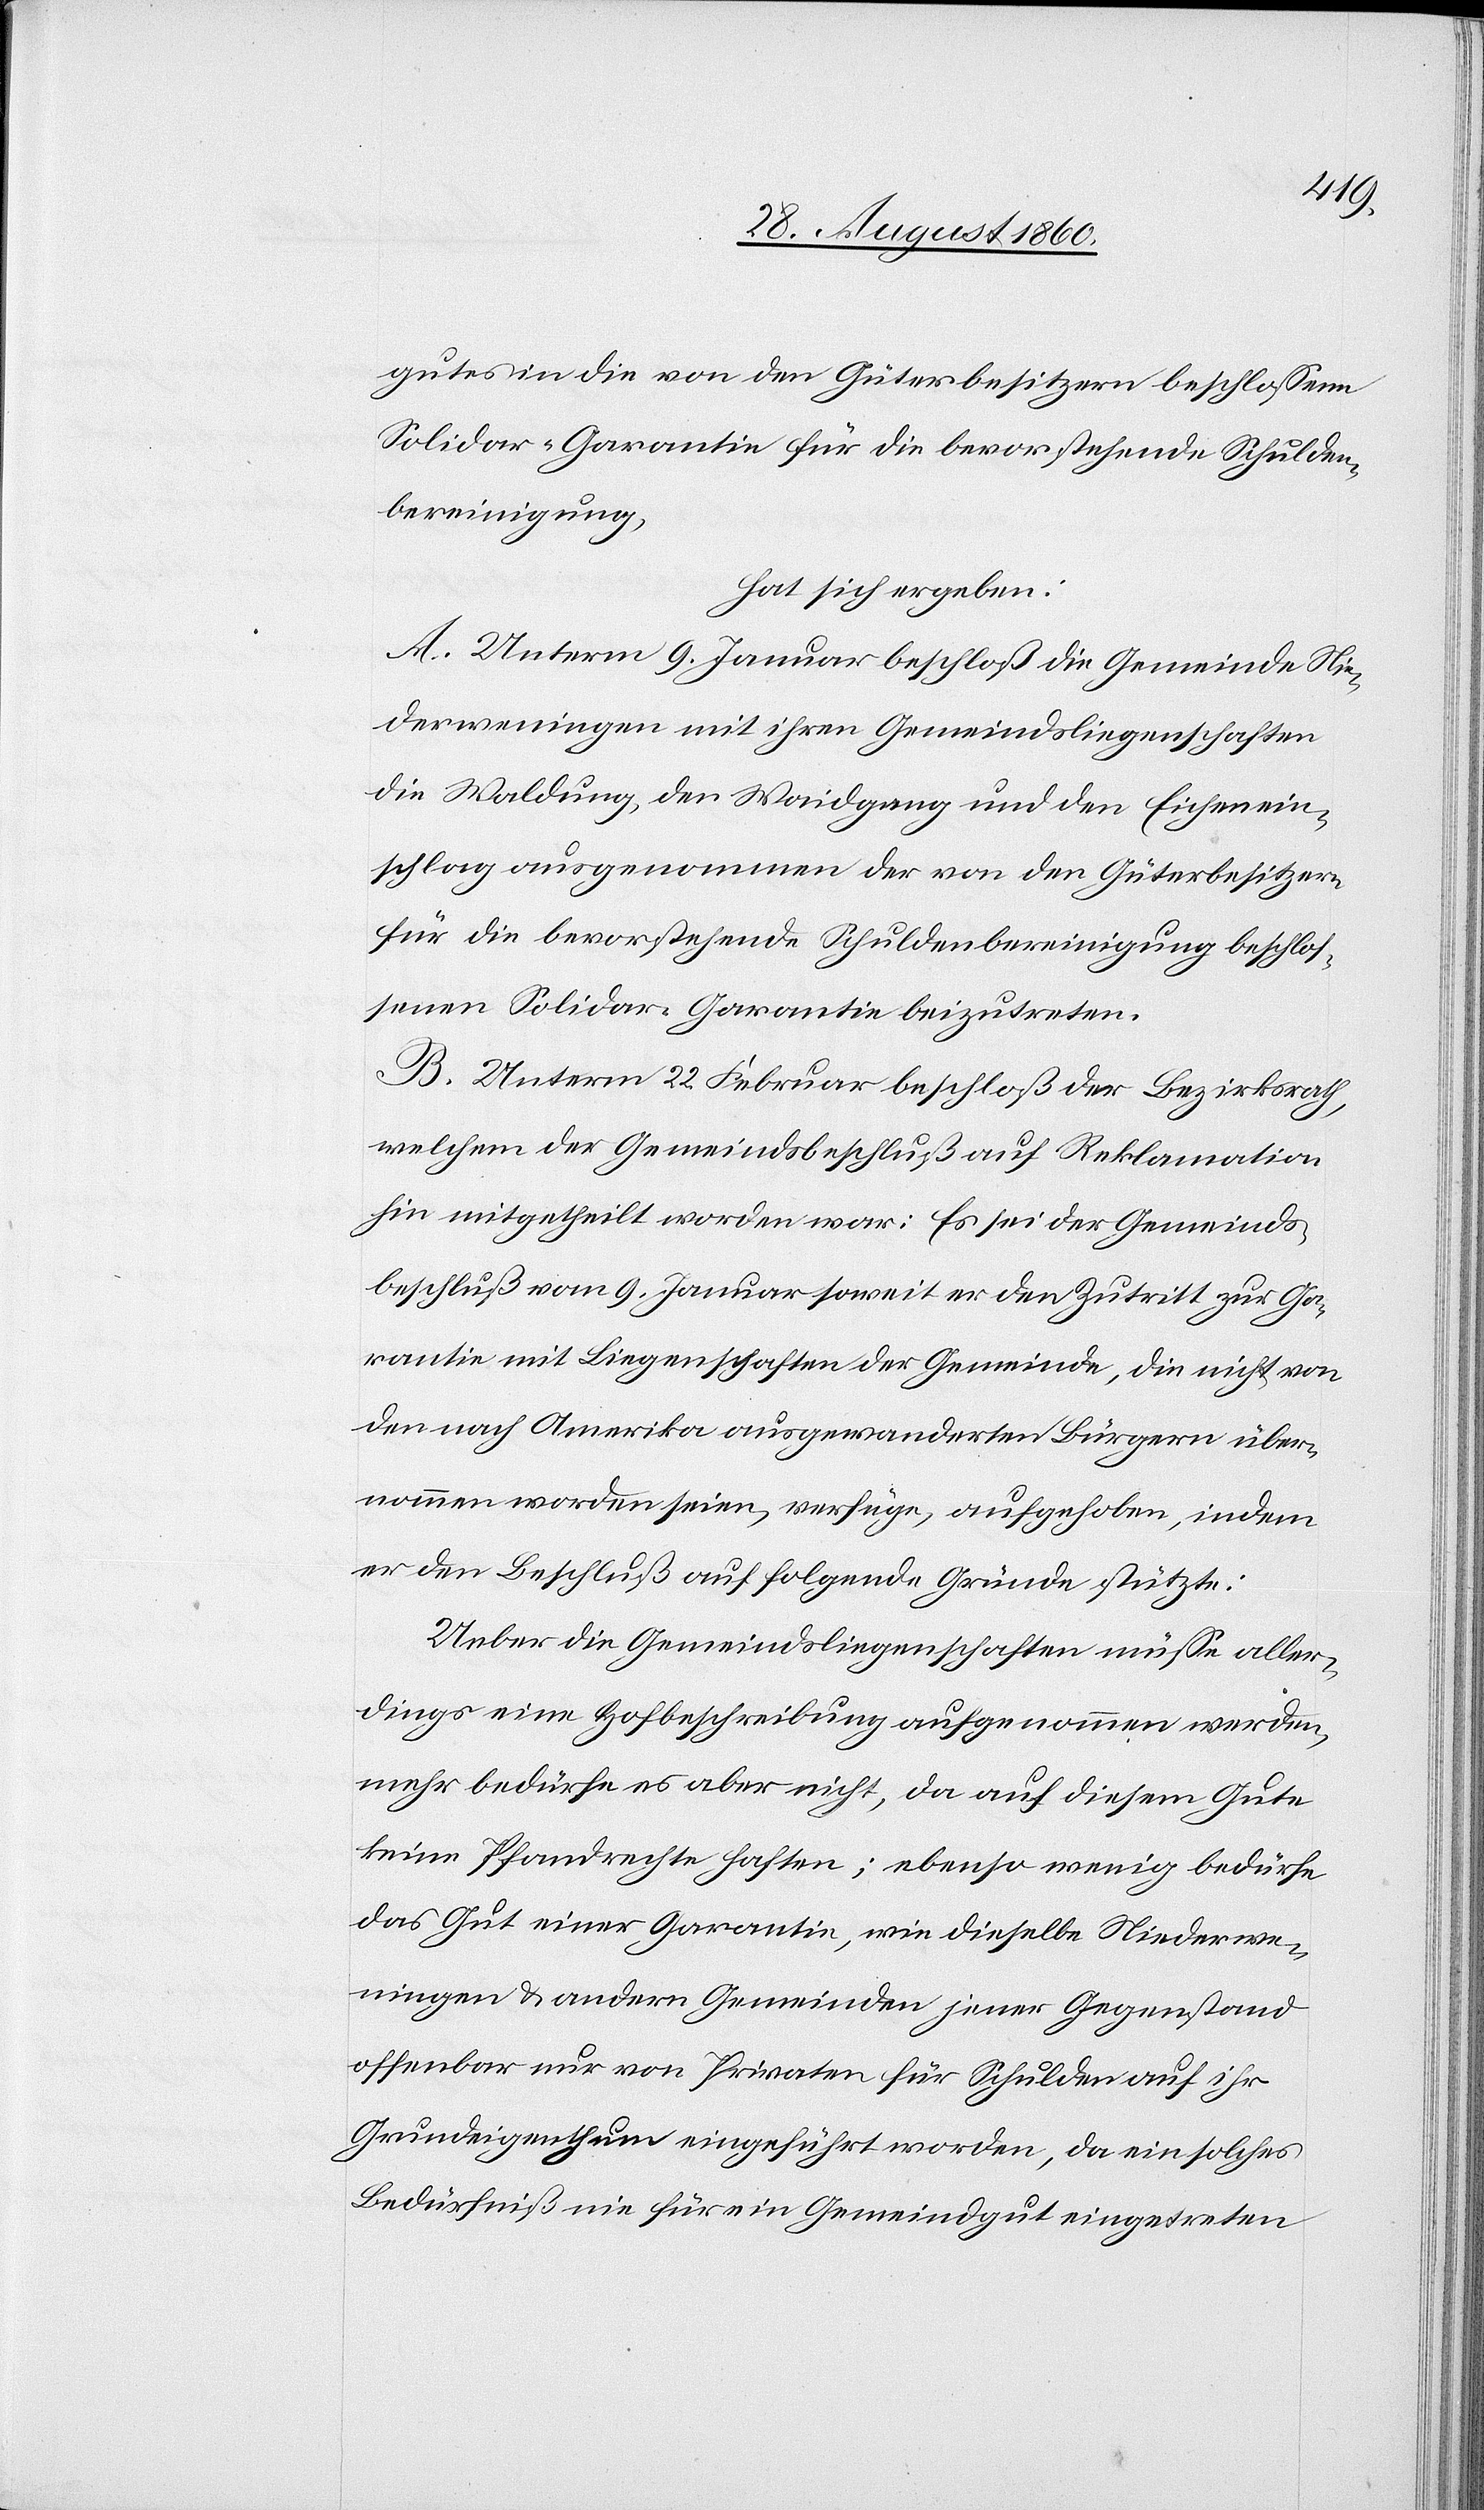
gutes in die von den Güterbesitzern beschlossene
Solidar-Garantie für die bevorstehende Schulden¬
bereinigung
hat sich ergeben:
A. Unterm 9. Januar beschloss die Gemeinde Nie¬
derweningen mit ihren Gemeindsliegenschaften,
die Waldung, den Waidgang u. den Eichenein¬
schlag ausgenommen, der von den Güterbesitzern
für die bevorstehende Schuldenbereinigung beschlos¬
senen Solidar-Garantie beizutreten.
B. Unterm 22. Februar beschloss der Bezirksrath,
welchem der Gemeindsbeschluss auf Reklamation
hin mitgetheilt worden war: Es sei der Gemeinds¬
beschluss vom 9. Januar, soweit er den Zutritt zur Ga¬
rantie mit Liegenschaften der Gemeinde, die nicht von
den nach Amerika ausgewanderten Bürgern über¬
nommen worden seien, verfüge, aufgehoben, indem
er den Beschluss auf folgende Gründe stützte:
Ueber die Gemeindsliegenschaften müsse aller¬
dings eine Hofbeschreibung aufgenommen werden,
mehr bedürfe es aber nicht, da auf diesem Gute
keine Pfandrechte haften; ebenso wenig bedürfe
das Gut einer Garantie, wie dieselbe Niederwe¬
ningen u. andern Gemeinden jener Gegenstand
offenbar nur von Privaten für Schulden auf ihr
Grundeigenthum eingeführt worden, da ein solches
Bedürfniss nie für ein Gemeindgut eingetreten